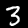
Label: 3